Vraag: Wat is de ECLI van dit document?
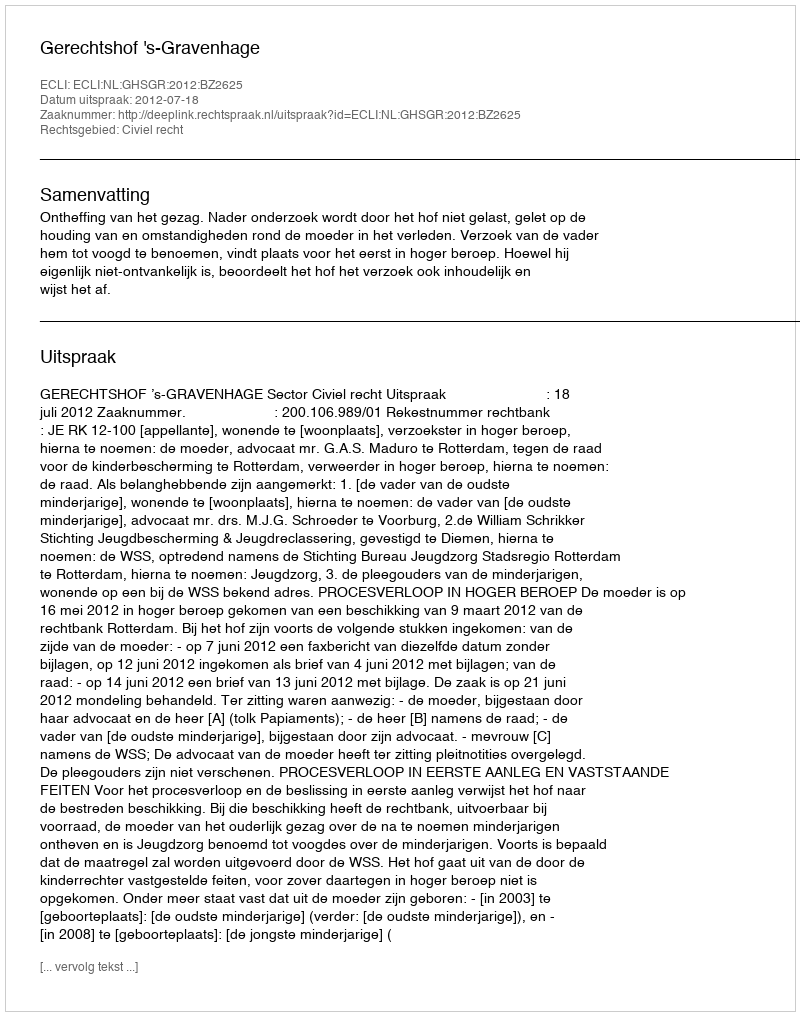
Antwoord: ECLI:NL:GHSGR:2012:BZ2625